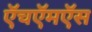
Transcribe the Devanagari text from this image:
ऍचऍमऍस